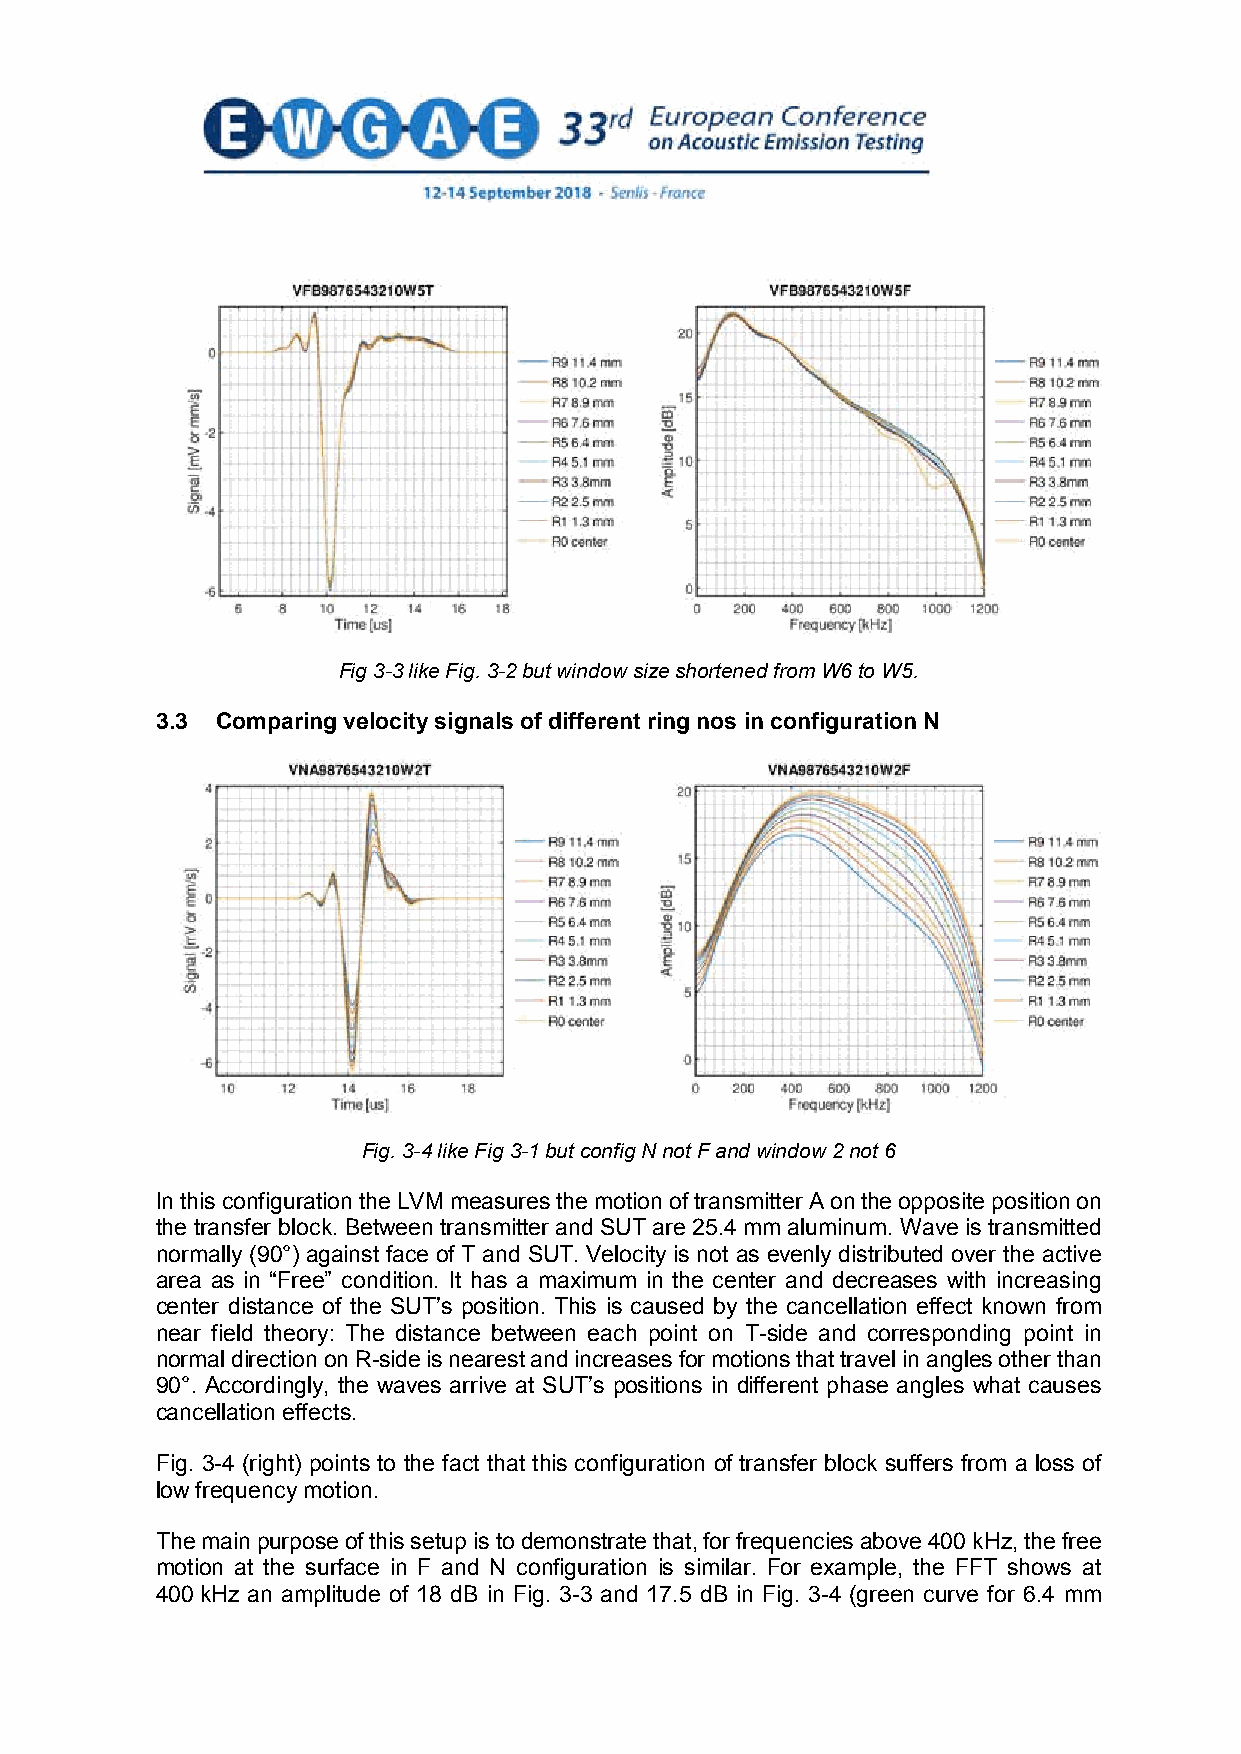
Fig 3-3 like Fig. 3-2 but window size shortened from W6 to W5.
 3.3 Comparing velocity signals of different ring nos in configuration N
 Fig. 3-4 like Fig 3-1 but config N not F and window 2 not 6
 In this configuration the LVM measures the motion of transmitter A on the opposite position on
 the transfer block. Between transmitter and SUT are 25.4 mm aluminum. Wave is transmitted
 normally (90°) against face of T and SUT. Velocity is not as evenly distributed over the active
 area as in “Free” condition. It has a maximum in the center and decreases with increasing
 center distance of the SUT’s position. This is caused by the cancellation effect known from
 near field theory: The distance between each point on T-side and corresponding point in
 normal direction on R-side is nearest and increases for motions that travel in angles other than
 90°. Accordingly, the waves arrive at SUT’s positions in different phase angles what causes
 cancellation effects.
 Fig. 3-4 (right) points to the fact that this configuration of transfer block suffers from a loss of
 low frequency motion.
 The main purpose of this setup is to demonstrate that, for frequencies above 400 kHz, the free
 motion at the surface in F and N configuration is similar. For example, the FFT shows at
 400 kHz an amplitude of 18 dB in Fig. 3-3 and 17.5 dB in Fig. 3-4 (green curve for 6.4 mm
 8